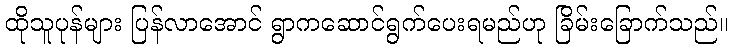
ထိုသူပုန်များ ပြန်လာအောင် ရွာကဆောင်ရွက်ပေးရမည်ဟု ခြိမ်းခြောက်သည်။